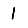
Digit: 1